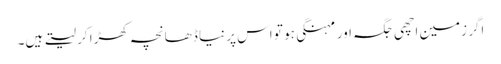
اگر زمین اچھی جگہ اور مہنگی ہو تو اس پر نیا ڈھانچہ کھڑا کر لیتے ہیں۔